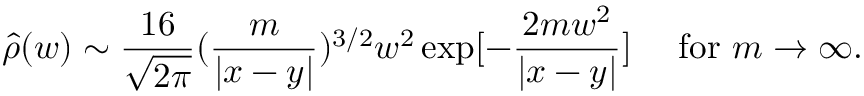
\hat { \rho } ( w ) \sim { \frac { 1 6 } { \sqrt { 2 \pi } } } ( \frac { m } { | x - y | } ) ^ { 3 / 2 } w ^ { 2 } \exp [ - \frac { 2 m w ^ { 2 } } { | x - y | } ] \mathrm { \quad ~ f o r ~ } m \rightarrow \infty .